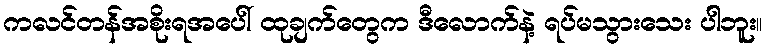
ကလင်တန်အစိုးရအပေါ် ထုချက်တွေက ဒီလောက်နဲ့ ရပ်မသွားသေး ပါဘူး။